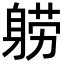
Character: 𬧤